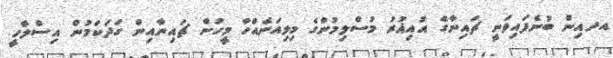
އދއިން ބުނެފައިވަނީ ޗައިނާގެ އުއިޣުރު މުސްލިމުންގެ މިލިއަނެއްހާ މީހުން ޗައިނާއިން ގަދަކަމުން އިސްލާހީ